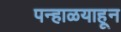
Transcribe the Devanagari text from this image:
पन्हाळयाहून